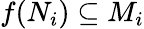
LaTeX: f(N_{i})\subseteq M_{i}